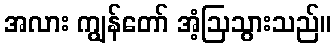
အလား ကျွန်တော် အံ့ဩသွားသည်။